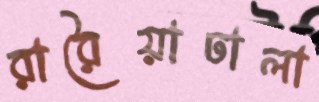
রারৈয়াঢালা